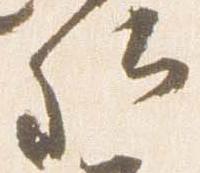
卿